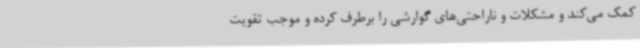
کمک می‌کند و مشکلات و ناراحتی‌های گوارشی را برطرف کرده و موجب تقویت